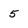
Character: 5